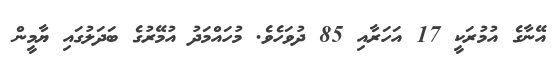
އޭނާގެ އުމުރަކީ 17 އަހަރާއި 85 ދުވަހެވެ. މުހައްމަދު އުމޭރުގެ ބަދަލުގައި ޔާމީން